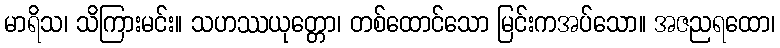
မာရိသ၊ သိကြားမင်း။ သဟဿယုတ္တော၊ တစ်ထောင်သော မြင်းကအပ်သော။ အဇညရထော၊